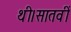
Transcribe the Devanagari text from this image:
थी।सातवीं